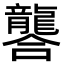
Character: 𮯚